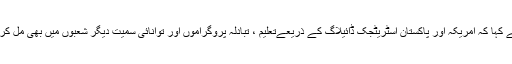
جوناتھن پریٹ نے کہا کہ امریکہ اور پاکستان اسٹریٹجک ڈائیلاگ کے ذریعےتعلیم ، تبادلہ پروگراموں اور توانائی سمیت دیگر شعبوں میں بھی مل کر کام کررہے ہیں۔